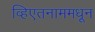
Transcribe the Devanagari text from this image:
व्हिएतनाममधून